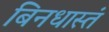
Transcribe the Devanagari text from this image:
बिनधास्तं